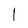
Character: 1